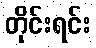
တိုင်းရင်း